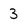
Character: 3